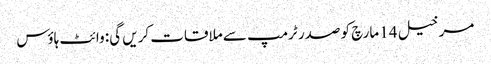
مرخیل 14 مارچ کو صدر ٹرمپ سے ملاقات کریں گی: وائٹ ہاؤس